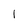
Character: 1